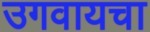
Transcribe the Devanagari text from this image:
उगवायचा